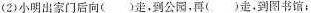
（2）小明出家门后向（ ）走，到公园，再（ ）走，到图书馆；